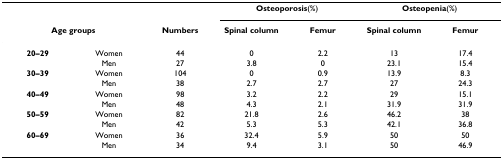
<table><thead><tr><td></td><td></td><td></td><td colspan="2"><b>Osteoporosis(%)</b></td><td colspan="2"><b>Osteopenia(%)</b></td></tr><tr><td colspan="2"><b>Age groups</b></td><td><b>Numbers</b></td><td><b>Spinal column</b></td><td><b>Femur</b></td><td><b>Spinal column</b></td><td><b>Femur</b></td></tr></thead><tbody><tr><td><b>20–29</b></td><td>Women</td><td>44</td><td>0</td><td>2.2</td><td>13</td><td>17.4</td></tr><tr><td></td><td>Men</td><td>27</td><td>3.8</td><td>0</td><td>23.1</td><td>15.4</td></tr><tr><td><b>30–39</b></td><td>Women</td><td>104</td><td>0</td><td>0.9</td><td>13.9</td><td>8.3</td></tr><tr><td></td><td>Men</td><td>38</td><td>2.7</td><td>2.7</td><td>27</td><td>24.3</td></tr><tr><td><b>40–49</b></td><td>Women</td><td>98</td><td>3.2</td><td>2.2</td><td>29</td><td>15.1</td></tr><tr><td></td><td>Men</td><td>48</td><td>4.3</td><td>2.1</td><td>31.9</td><td>31.9</td></tr><tr><td><b>50–59</b></td><td>Women</td><td>82</td><td>21.8</td><td>2.6</td><td>46.2</td><td>38</td></tr><tr><td></td><td>Men</td><td>42</td><td>5.3</td><td>5.3</td><td>42.1</td><td>36.8</td></tr><tr><td><b>60–69</b></td><td>Women</td><td>36</td><td>32.4</td><td>5.9</td><td>50</td><td>50</td></tr><tr><td></td><td>Men</td><td>34</td><td>9.4</td><td>3.1</td><td>50</td><td>46.9</td></tr></tbody></table>